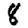
Digit: 8